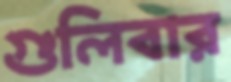
গুলিবার